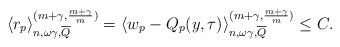
LaTeX: \begin{align*}\left\langle r_{p}\right\rangle _{n,\omega\gamma,\overline{Q}}^{(m+\gamma,\frac{m+\gamma}{m})}=\left\langle w_{p}-Q_{p}(y,\tau)\right\rangle_{n,\omega\gamma,\overline{Q}}^{(m+\gamma,\frac{m+\gamma}{m})}\leq C.\end{align*}